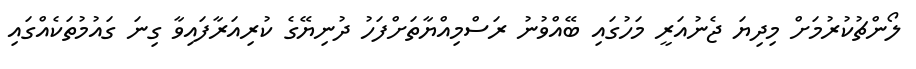
ލޯންޗުކުރުމަށް މިދިޔަ ޖެނުއަރީ މަހުގައި ބޭއްވުނު ރަސްމިއްޔާތަށްފަހު ދުނިޔޭގެ ކުރިއަރާފައިވާ ގިނަ ގައުމުތަކެއްގައި